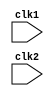
module Pipe_Mips32 (clk1, clk2);
  input clk1, clk2; // Two-phase clock
  reg [31:0] PC, IF_ID_IR, IF_ID_NPC;
  reg [31:0] ID_EX_IR, ID_EX_NPC, ID_EX_A, ID_EX_B, ID_EX_Imm;
  reg [2:0] ID_EX_type, EX_MEM_type, MEM_WB_type;
  reg [31:0] EX_MEM_IR, EX_MEM_ALUOut, EX_MEM_B;
  reg EX_MEM_cond;
  reg [31:0] MEM_WB_IR, MEM_WB_ALUOut, MEM_WB_LMD;
  reg [31:0] Reg [0:31]; // Register bank (32 x 32)
  reg [31:0] Mem [0:1023]; // 1024 x 32 memory
  parameter ADD=6'b000000, SUB=6'b000001, AND=6'b000010, OR=6'b000011,
            SLT=6'b000100, MUL=6'b000101, HLT=6'b111111, LW=6'b001000,
            SW=6'b001001, ADDI=6'b001010, SUBI=6'b001011,SLTI=6'b001100,
            BNEQZ=6'b001101, BEQZ=6'b001110;
  parameter RR_ALU=3'b000, RM_ALU=3'b001, LOAD=3'b010, STORE=3'b011,
            BRANCH=3'b100, HALT=3'b101;
  reg HALTED;
  // Set after HLT instruction is completed (in WB stage)
  reg TAKEN_BRANCH;
  // Required to disable instructions after branch
 
 
  always @(posedge clk1) // IF Stage
    if (HALTED == 0)
    begin
      if (((EX_MEM_IR[31:26] == BEQZ) && (EX_MEM_cond == 1)) ||
          ((EX_MEM_IR[31:26] == BNEQZ) && (EX_MEM_cond == 0)))
      begin
        IF_ID_IR <= #2 Mem[EX_MEM_ALUOut];
        TAKEN_BRANCH <= #2 1'b1;
        IF_ID_NPC <= #2 EX_MEM_ALUOut + 1;
        PC <= #2 EX_MEM_ALUOut + 1;
      end
      else
      begin
        IF_ID_IR <= #2 Mem[PC];
        IF_ID_NPC <= #2 PC + 1;
        PC <= #2 PC + 1;
      end
    end
 
  always @(posedge clk2) // ID Stage
    if (HALTED == 0)
    begin
      if (IF_ID_IR[25:21] == 5'b00000)
        ID_EX_A <= 0;
      else
        ID_EX_A <= #2 Reg[IF_ID_IR[25:21]]; // "rs"
      if (IF_ID_IR[20:16] == 5'b00000)
        ID_EX_B <= 0;
      else
        ID_EX_B <= #2 Reg[IF_ID_IR[20:16]]; // "rt"
      ID_EX_NPC <= #2 IF_ID_NPC;
      ID_EX_IR <= #2 IF_ID_IR;
      ID_EX_Imm <= #2 {{16{IF_ID_IR[15]}}, {IF_ID_IR[15:0]}};
      case (IF_ID_IR[31:26])
        ADD,SUB,AND,OR,SLT,MUL:
          ID_EX_type <= #2 RR_ALU;
        ADDI,SUBI,SLTI:
          ID_EX_type <= #2 RM_ALU;
        LW:
          ID_EX_type <= #2 LOAD;
        SW:
          ID_EX_type <= #2 STORE;
        BNEQZ,BEQZ:
          ID_EX_type <= #2 BRANCH;
        HLT:
          ID_EX_type <= #2 HALT;
        default:
          ID_EX_type <= #2 HALT;
        // Invalid opcode
      endcase
    end
 
  always @(posedge clk1) // EX Stage
    if (HALTED == 0)
    begin
      EX_MEM_type <= #2 ID_EX_type;
      EX_MEM_IR <= #2 ID_EX_IR;
      TAKEN_BRANCH <= #2 0;
      case (ID_EX_type)
        RR_ALU:
        begin
          case (ID_EX_IR[31:26]) // "opcode"
            ADD:
              EX_MEM_ALUOut <= #2 ID_EX_A + ID_EX_B;
            SUB:
              EX_MEM_ALUOut <= #2 ID_EX_A - ID_EX_B;
            AND:
              EX_MEM_ALUOut <= #2 ID_EX_A & ID_EX_B;
            OR:
              EX_MEM_ALUOut <= #2 ID_EX_A | ID_EX_B;
            SLT:
              EX_MEM_ALUOut <= #2 ID_EX_A < ID_EX_B;
            MUL:
              EX_MEM_ALUOut <= #2 ID_EX_A * ID_EX_B;
            default:
              EX_MEM_ALUOut <= #2 32'hxxxxxxxx;
          endcase
        end
        RM_ALU:
        begin
          case (ID_EX_IR[31:26]) // "opcode"
            ADDI:
              EX_MEM_ALUOut <= #2 ID_EX_A + ID_EX_Imm;
            SUBI:
              EX_MEM_ALUOut <= #2 ID_EX_A - ID_EX_Imm;
            SLTI:
              EX_MEM_ALUOut <= #2 ID_EX_A < ID_EX_Imm;
            default:
              EX_MEM_ALUOut <= #2 32'hxxxxxxxx;
          endcase
        end
        LOAD, STORE:
        begin
          EX_MEM_ALUOut <= #2 ID_EX_A + ID_EX_Imm;
          EX_MEM_B <= #2 ID_EX_B;
        end
        BRANCH:
        begin
          EX_MEM_ALUOut <= #2 ID_EX_NPC + ID_EX_Imm;
          EX_MEM_cond <= #2 (ID_EX_A == 0);
        end
      endcase
    end
 
 
  always @(posedge clk2) // MEM Stage
    if (HALTED == 0)
    begin
      MEM_WB_type <= EX_MEM_type;
      MEM_WB_IR <= #2 EX_MEM_IR;
      case (EX_MEM_type)
        RR_ALU, RM_ALU:
          MEM_WB_ALUOut <= #2 EX_MEM_ALUOut;
        LOAD:
          MEM_WB_LMD <= #2 Mem[EX_MEM_ALUOut];
        STORE:
          if (TAKEN_BRANCH == 0) // Disable write
            Mem[EX_MEM_ALUOut] <= #2 EX_MEM_B;
      endcase
    end
 
 
  always @(posedge clk1) // WB Stage
  begin
    if (TAKEN_BRANCH == 0) // Disable write if branch taken
    case (MEM_WB_type)
      RR_ALU:
        Reg[MEM_WB_IR[15:11]] <= #2 MEM_WB_ALUOut; // "rd"
      RM_ALU:
        Reg[MEM_WB_IR[20:16]] <= #2 MEM_WB_ALUOut; // "rt"
      LOAD:
        Reg[MEM_WB_IR[20:16]] <= #2 MEM_WB_LMD; // "rt"
      HALT:
        HALTED <= #2 1'b1;
    endcase
  end
endmodule


//Test bench

module test_mips32;
  reg clk1, clk2;
  integer k;
  reg [31:0]out;
  Pipe_Mips32 mips (clk1, clk2);
  initial
  begin
    clk1 = 0;
    clk2 = 0;
    repeat (400) // Generating two-phase clock
    begin
      #5 clk1 = 1;
      #5 clk1 = 0;
      #5 clk2 = 1;
      #5 clk2 = 0;
    end
  end
  initial
  begin
  mips.Mem[198]=0;
    for (k=0; k<31; k=k+1)
      mips.Reg[k] = k;
    mips.Mem[0]=32'h280a00c8;
    mips.Mem[1]=32'h28020001;
    mips.Mem[2]=32'h0ce77800;
    mips.Mem[3]=32'h21430000;
    mips.Mem[4]=32'h0ce77800;
    mips.Mem[5]=32'h14431000;
    mips.Mem[6]=32'h2c630001;
    mips.Mem[7]=32'h0ce77800;
    mips.Mem[8]=32'h3460fffc;
    mips.Mem[9]=32'h2542fffe;
    mips.Mem[10]=32'h0ce77800;
    mips.Mem[11]=32'hfc000000;
    mips.Mem[200]=7;
   mips.HALTED =0;
mips.PC=0;
        mips.TAKEN_BRANCH = 0;
  end
  always @(*)
  begin
  $monitor("Pc=%d R2=%d mem[198]=%d ",mips.PC,mips.Reg[2],mips.Mem[198]); end
endmodule